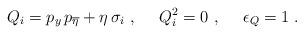
LaTeX: \begin{align*}Q_i = p_y \, p_{\overline{\eta}} + \eta \, \sigma_i\ ,\ \ \ \ Q_i^2 = 0\ ,\ \ \ \ \epsilon_Q = 1 \; . \end{align*}